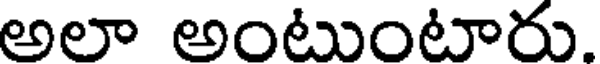
అలా అంటుంటారు.